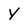
Character: y